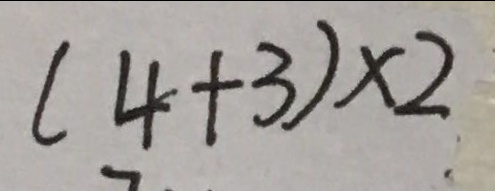
( 4 + 3 ) \times 2